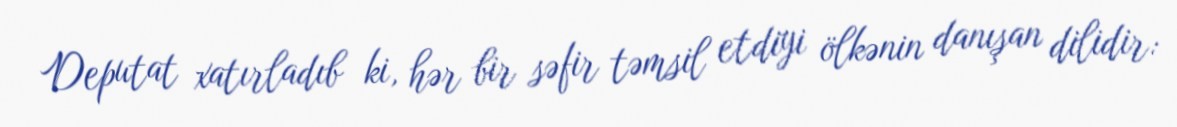
Deputat xatırladıb ki, hər bir səfir təmsil etdiyi ölkənin danışan dilidir: